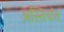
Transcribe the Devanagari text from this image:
अस्तिवांत